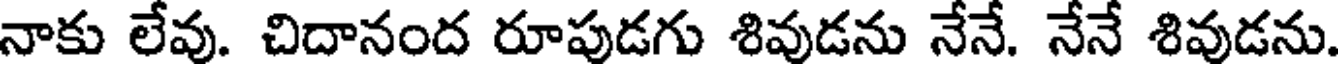
నాకు లేవు. చిదానంద రూపుడగు శివుడను నేనే. నేనే శివుడను